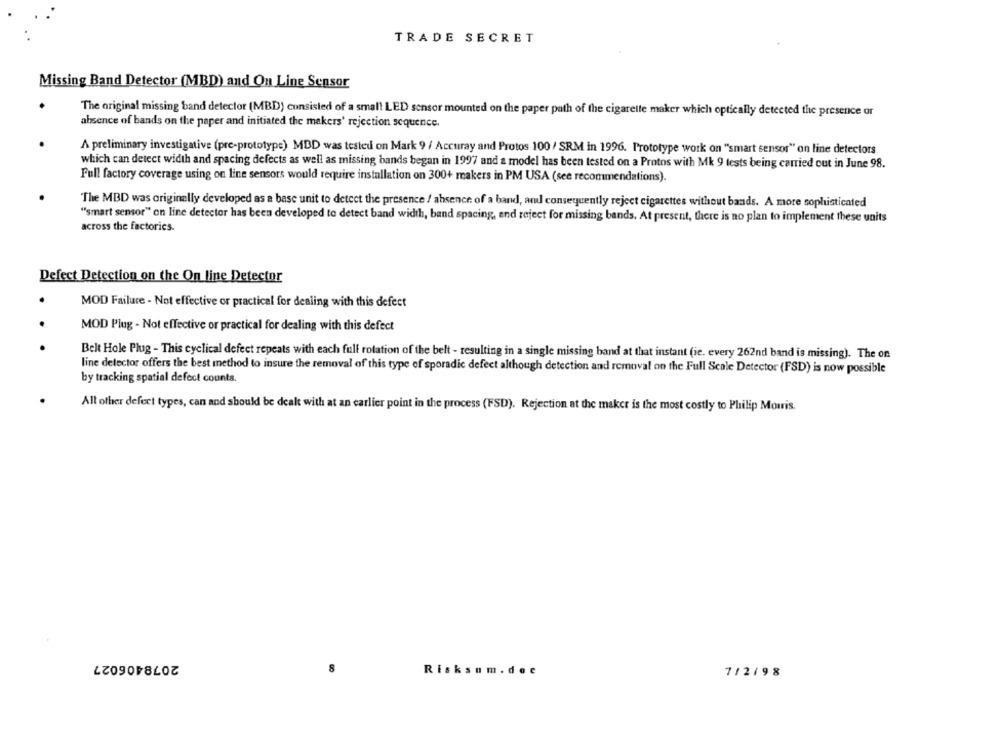
TRADE SECRET
Missing Band Detector (MBD) and On Line Sensor
The original missing band detector (MBD) consisted of a small LED sensor mounted on the paper path of the cigarette maker which optically detected the presence or
absence of bands on the paper and initiated the makers' rejection sequence.
A preliminary investigative (pre-prototype) MDD was tested on Mark 9 / Accuray and Protos 100 / SRM in 1996. Prototype work on "smart sensor" on line detectors
which can detect width and spacing defects as well as missing bands began in 1997 and a model has been tested on a Protos with Mk 9 tests being carried out in June 98.
Full factory coverage using on line sensors would require installation on 300+ makers in PM USA (see recommendations).
The MBD was originally developed as a base unit to detect the presence / absence of a band, and consequently reject cigarettes without bands. A more sophisticated
"smart sensor" on line detector has been developed to detect band width, band spacing, and reject for missing bands. At present, there is no plan to implement these units
across the factories.
Defect Detection on the On line Detector
MOD Failure - Not effective or practical for dealing with this defect
MOD Plug - Not effective or practical for dealing with this defect
Belt Hole Plug - This cyclical defect repeats with each full rotation of the belt - resulting in a single missing band at that instant (ie. every 262nd band is missing). The on
line detector offers the best method to insure the removal of this type of sporadic defect although detection and removal on the Full Scale Detector (FSD) is now possible
by tracking spatial defect counts.
All other defect types, can and should be dealt with at an earlier point in the process (FSD). Rejection at the maker is the most costly to Philip Morris.
2078406027
8
Risksom .doc
7/2/98